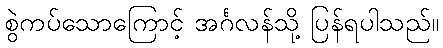
စွဲကပ်သောကြောင့် အင်္ဂလန်သို့ ပြန်ရပါသည်။